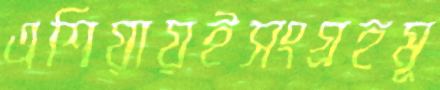
এশিয়ায়ইসংগ্রহমূ